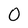
Character: 0